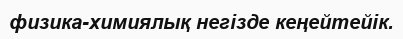
физика-химиялық негізде кеңейтейік.